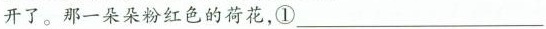
开了。那一朵朵粉红色的荷花，①___。